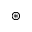
\circledast